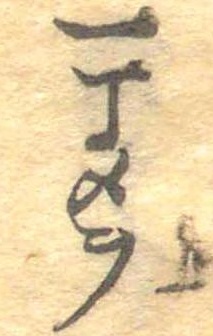
一丁メヲ